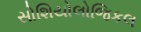
સોશિયોલોજિકલ